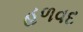
હળવદ